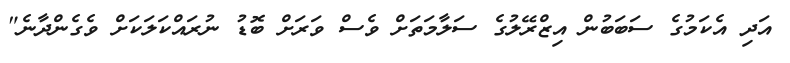
އަދި އެކަމުގެ ސަބަބުން އިޒްރޭލުގެ ސަލާމަތަށް ވެސް ވަރަށް ބޮޑު ނުރައްކަލަކަށް ވެގެންދާނެ"